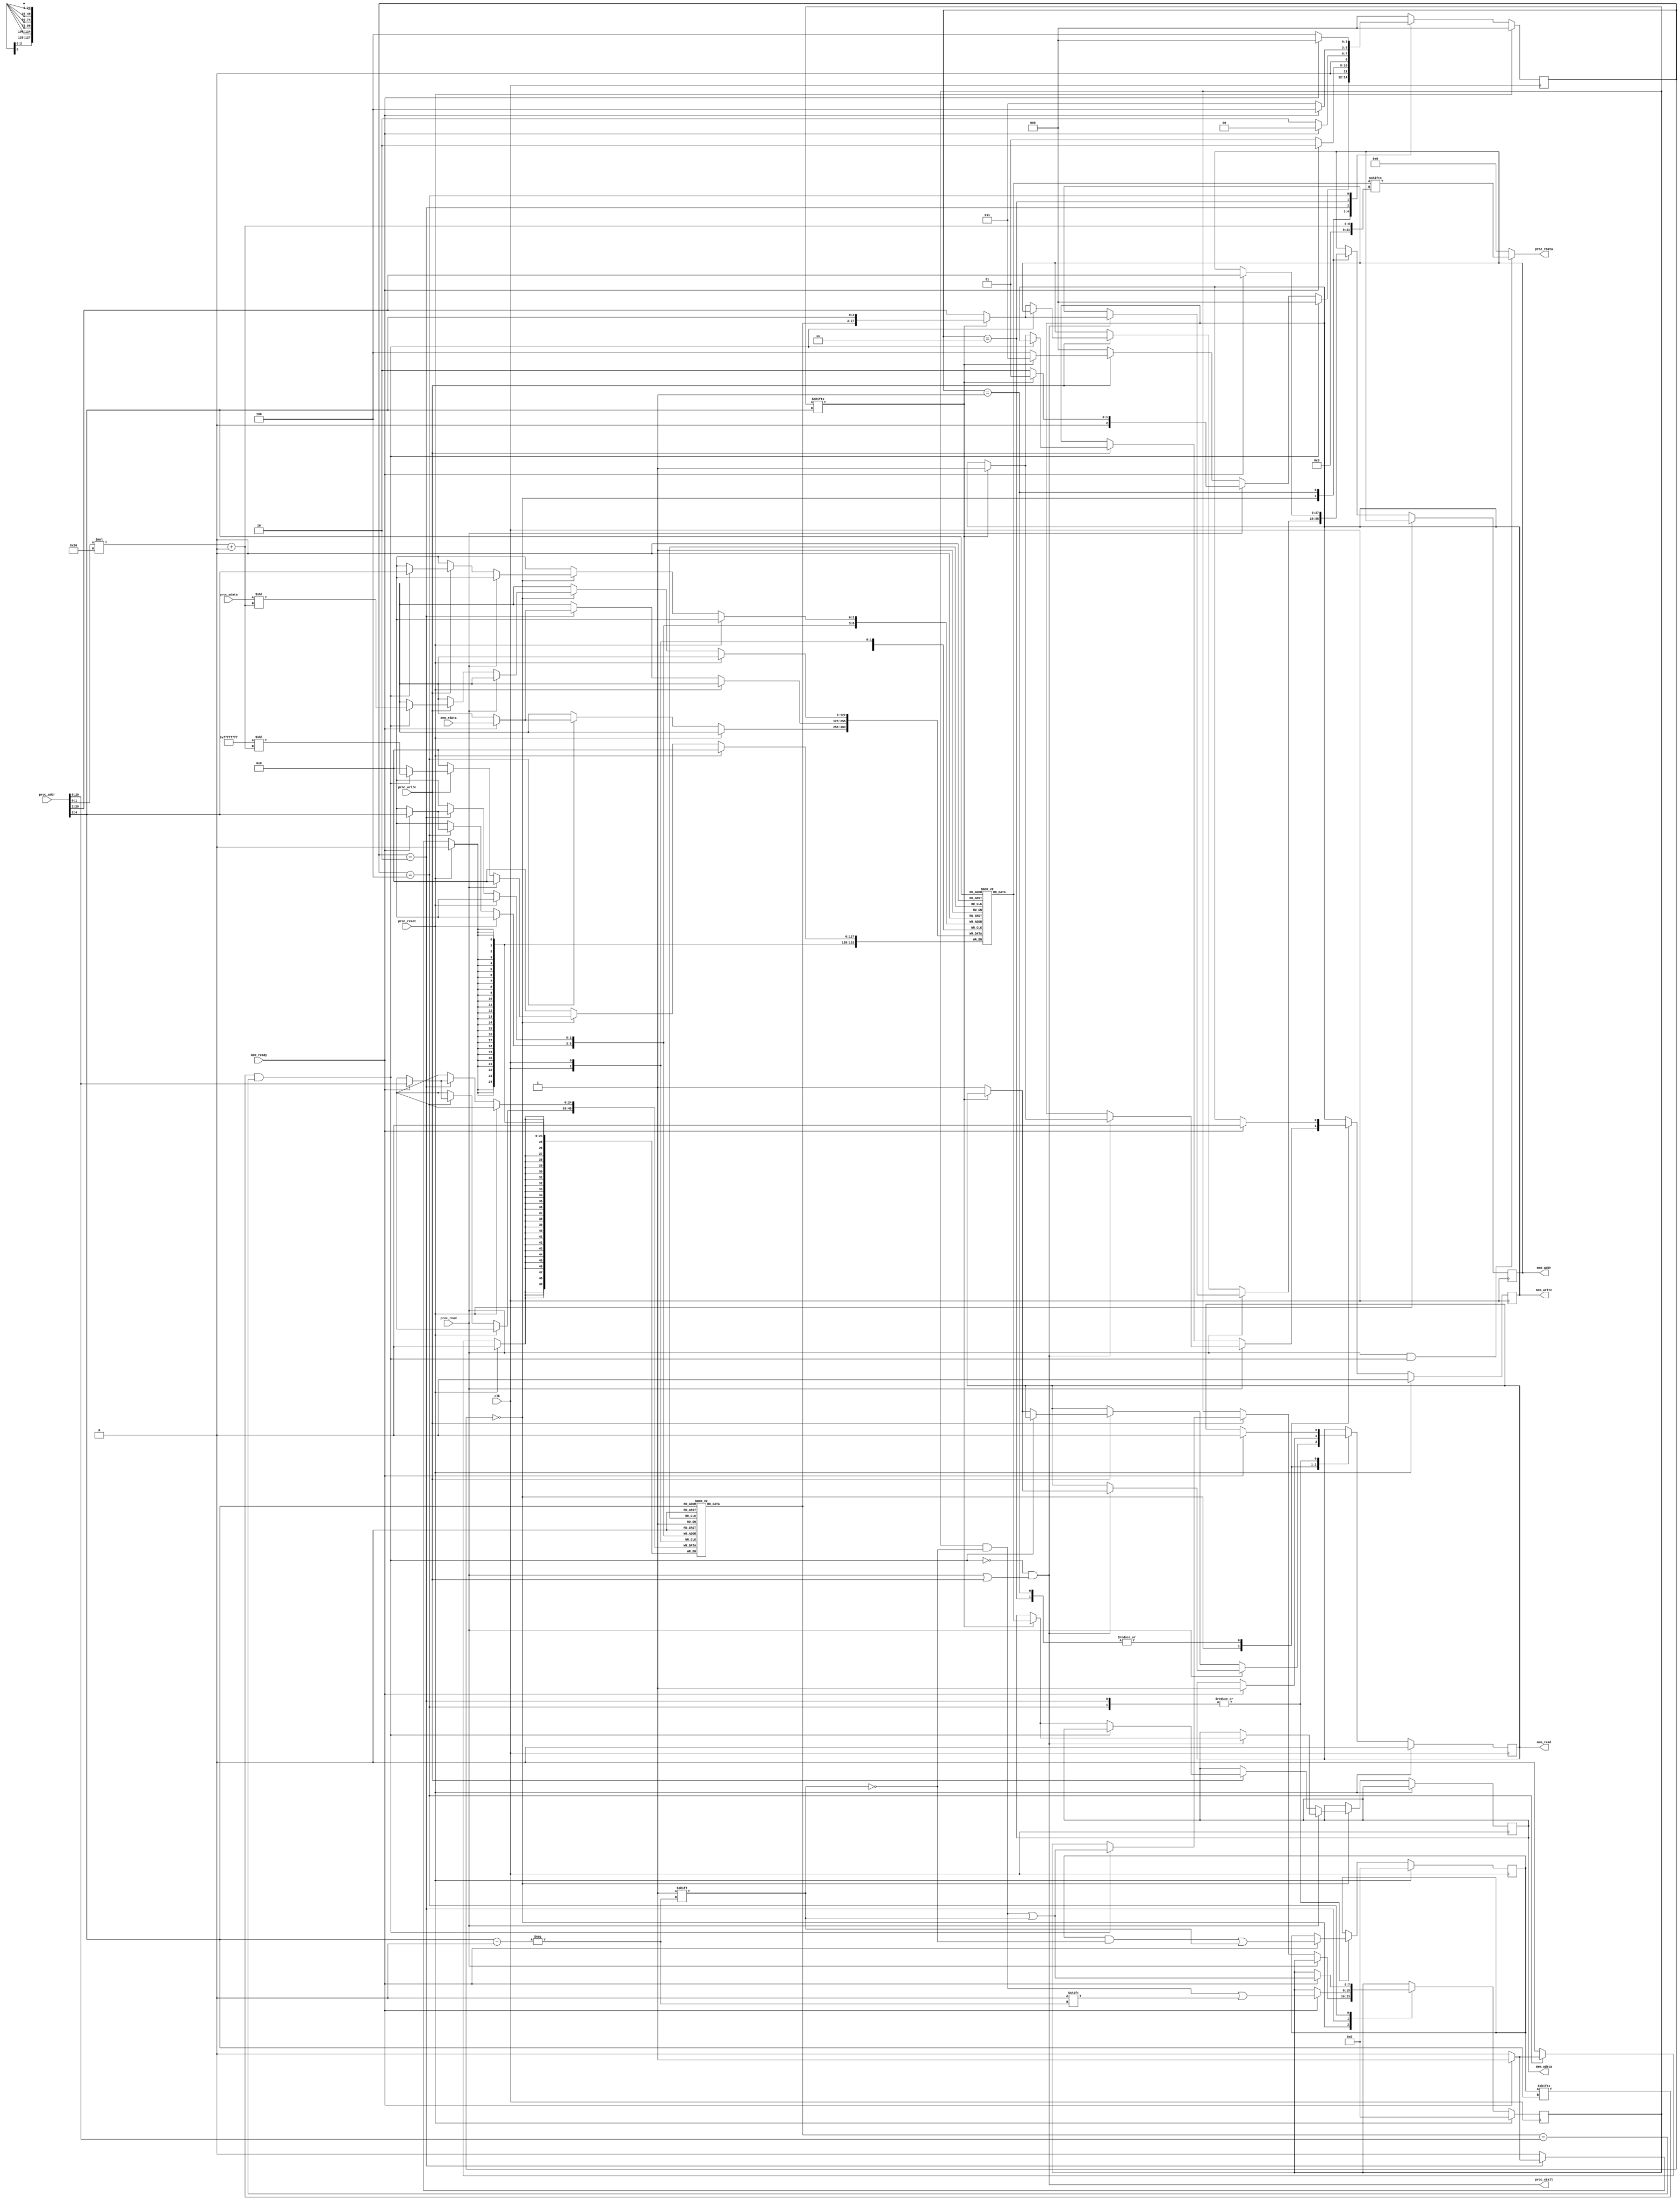
module cache(//8-block 32 words finished
    clk,
    proc_reset,
    proc_read,
    proc_write,
    proc_addr,
    proc_rdata,
    proc_wdata,
    proc_stall,
    mem_read,
    mem_write,
    mem_addr,
    mem_rdata,
    mem_wdata,
    mem_ready
);
    
//==== input/output definition ============================
    input          clk;
    // processor interface
    input          proc_reset;
    input          proc_read, proc_write;
    input   [29:0] proc_addr;
    input   [31:0] proc_wdata;
    output         proc_stall;
    output  [31:0] proc_rdata;
    // memory interface
    input  [127:0] mem_rdata;
    input          mem_ready;
    output         mem_read, mem_write;
    output  [27:0] mem_addr;
    output [127:0] mem_wdata;
    
//==== wire/reg definition ================================
    reg            mem_read, mem_write;
    reg     [27:0] mem_addr;
    reg    [127:0] mem_wdata;

    reg      [2:0] state_w;
    reg      [2:0] state;
    reg      [7:0] valid;
    reg      [7:0] dirty;
    reg     [29:5] tag     [0:7];
    reg    [127:0] data    [0:7];
    wire           hit;
//==== combinational circuit ==============================
    localparam S_IDLE = 3'd0;
    localparam S_WBRD = 3'd1;
    localparam S_RD   = 3'd2;
    localparam S_WB   = 3'd3;
    localparam S_RDWB = 3'd4;

assign proc_stall = (~hit)&&(proc_read|proc_write);
assign proc_rdata = proc_read & hit
                  ? data[proc_addr[4:2]][proc_addr[1:0]*32+:32]
                  : 32'd0;
assign hit = valid[proc_addr[4:2]] & (tag[proc_addr[4:2]] == proc_addr[29:5]);

always@(*) begin
    case (state)
    S_IDLE: begin
        if (hit)
            state_w = S_IDLE;
        else if (proc_read)
            state_w = dirty[proc_addr[4:2]] ? S_WBRD : S_RD;
        else if (proc_write)
            state_w = dirty[proc_addr[4:2]] ? S_WB : S_RDWB;
        else
            state_w = S_IDLE;
    end
    S_WBRD:
        state_w = mem_ready ? S_RD : S_WBRD;
    S_RD:
        state_w = mem_ready ? S_IDLE : S_RD;
    S_WB:
        state_w = mem_ready ? S_RDWB : S_WB;
    S_RDWB:
        state_w = mem_ready ? S_IDLE : S_RDWB;
    default:
        state_w = S_IDLE;
    endcase
end
//==== sequential circuit =================================
always@( posedge clk ) begin
    if( proc_reset ) begin
        mem_read   <= 0;
        mem_write  <= 0;
        state   <= S_IDLE;
        valid   <= 8'b0;
        dirty   <= 8'b0;
    end
    else begin
        state   <= state_w;
        case (state)
        S_IDLE: begin
            if (proc_read) begin
                if (proc_stall) begin
                    if (dirty[proc_addr[4:2]]) begin
                        mem_write  <= 1;
                        mem_addr   <= {tag[proc_addr[4:2]],proc_addr[4:2]};
                        mem_wdata  <= data[proc_addr[4:2]];
                    end else begin
                        mem_read   <= 1;
                        mem_addr   <= proc_addr[29:2];
                    end
                end
            end
            else if (proc_write) begin
                if (hit) begin
                    dirty[proc_addr[4:2]] <= 1;
                    data[proc_addr[4:2]][proc_addr[1:0]*32+:32] <= proc_wdata;
                end else begin
                    if (dirty[proc_addr[4:2]]) begin
                        mem_write  <= 1;
                        mem_addr   <= {tag[proc_addr[4:2]],proc_addr[4:2]};
                        mem_wdata  <= data[proc_addr[4:2]];
                    end else begin
                        mem_read   <= 1;
                        mem_addr   <= proc_addr[29:2];
                    end
                end
            end
        end
        S_WBRD:
            if (mem_ready) begin
                mem_read   <= 1;
                mem_write  <= 0;
                mem_addr   <= proc_addr[29:2];
            end
        S_RD:
            if (mem_ready) begin
                mem_read   <= 0;
                valid[proc_addr[4:2]] <= 1;
                dirty[proc_addr[4:2]] <= 0;
                tag[proc_addr[4:2]] <= proc_addr[29:5];
                data[proc_addr[4:2]] <= mem_rdata;
            end
        S_WB:
            if (mem_ready) begin
                mem_read   <= 1;
                mem_write  <= 0;
            end
        S_RDWB:
            if (mem_ready) begin
                mem_read   <= 0;
                valid[proc_addr[4:2]] <= 1;
                dirty[proc_addr[4:2]] <= 1;
                tag[proc_addr[4:2]] <= proc_addr[29:5];
                data[proc_addr[4:2]] <= mem_rdata;
            end
        endcase
    end
end

endmodule